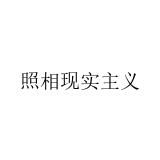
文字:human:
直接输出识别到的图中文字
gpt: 照相现实主义